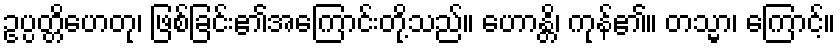
ဥပ္ပတ္တိဟေတု၊ ဖြစ်ခြင်း၏အကြောင်းတို့သည်။ ဟောန္တိ၊ ကုန်၏။ တသ္မာ၊ ကြောင့်။